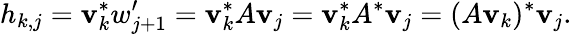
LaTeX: h_{k,j}=\mathbf{v}_{k}^{*}w_{j+1}^{\prime}=\mathbf{v}_{k}^{*}A\mathbf{v}_{j}=\mathbf{v}_{k}^{*}A^{*}\mathbf{v}_{j}=(A\mathbf{v}_{k})^{*}\mathbf{v}_{j}.